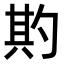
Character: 𭅌